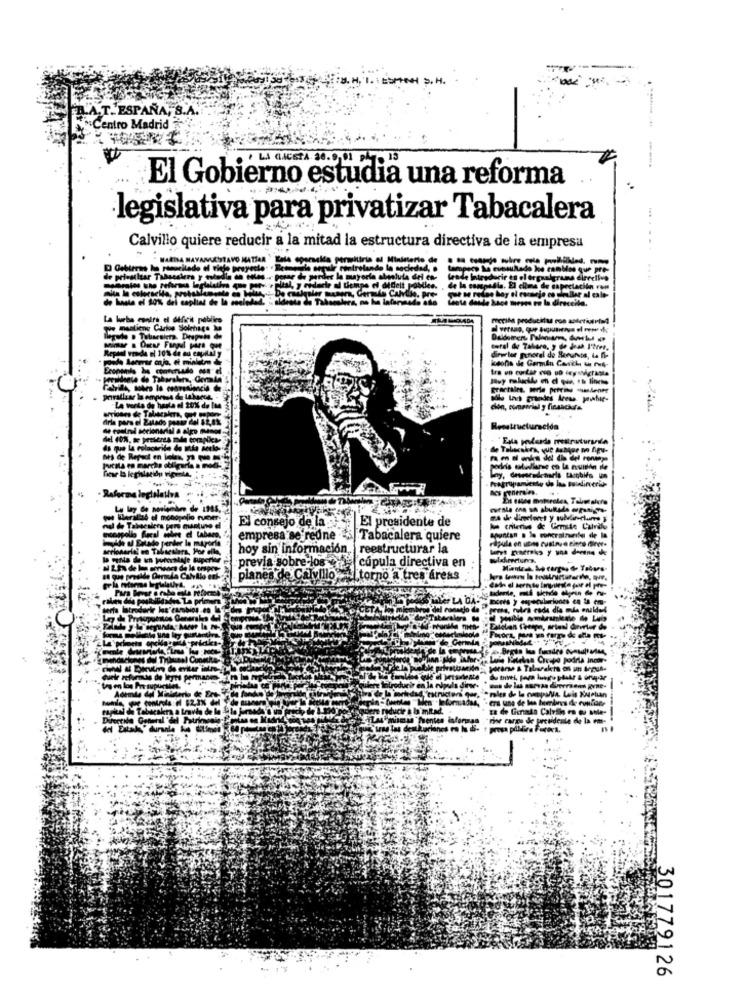
A.T. ESPAÑA, S.A.
Centro Madrid
LA GACETA 36. 0 01 . 15
El Gobierno estudia una reforma
legislativa para privatizar Tabacalera
Calvillo quiere reducir a la mitad la estructura directiva de la empresa
...
--------
detrolando la sociedad, .
los cambios que pre-
de privailtar Tabandiera y estadia an ces
de Introducir en el organigrama directlys
...
dedelt poblee.
de la casepadla. El clima de expectación rem
de hasta el 10%% del capliat de la enel
thete desde hace meses re la direccila.
La lucha contra el déficit público
que mantiene Carios Solehugs
Repeal vraide of 10% de au capital y
iosono ide Germin Casich th res-
diretor ponerel de Herunos, te ni-
Eronenis he comentado oun el
LA vorta de hasta el 20% de Ine
cion, comserial y financiera.
dria para el 24lado passo del 82,8%
Reestructuracida
nina del die del ronmye
Pragrupamiento de las tu dlinerie-
Reforma legislativa
El consejo de la
El presidente de
nonapollo focal sobre el tabaco,
ka criterios de Gemite Calvillo
apuntan . le concralnurfur de la
empresa se redne & Tabacalera quiere
serionarin en Talseslera, Por
hoy sin información, reestructurar la
previa sobre-los
cúpula directiva en
It que preside Dermda CalyAlo ont-
planes de Calvillo I torno a tres áreas
La primen
berta latrodurir les"cambios en
301779126